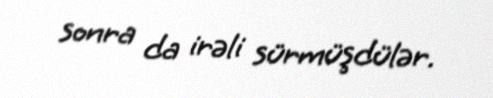
sonra da irəli sürmüşdülər.